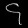
Digit: ၄